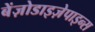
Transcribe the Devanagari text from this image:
बेंज़ोडाइज़ेपाइन्स